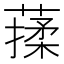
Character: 𦺤